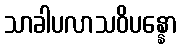
သာခါပလာသဝိပန္နော